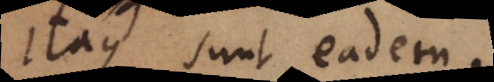
Itaque sunt eadem.